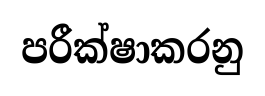
පරීක්ෂාකරනු